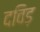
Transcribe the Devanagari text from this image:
दविड़